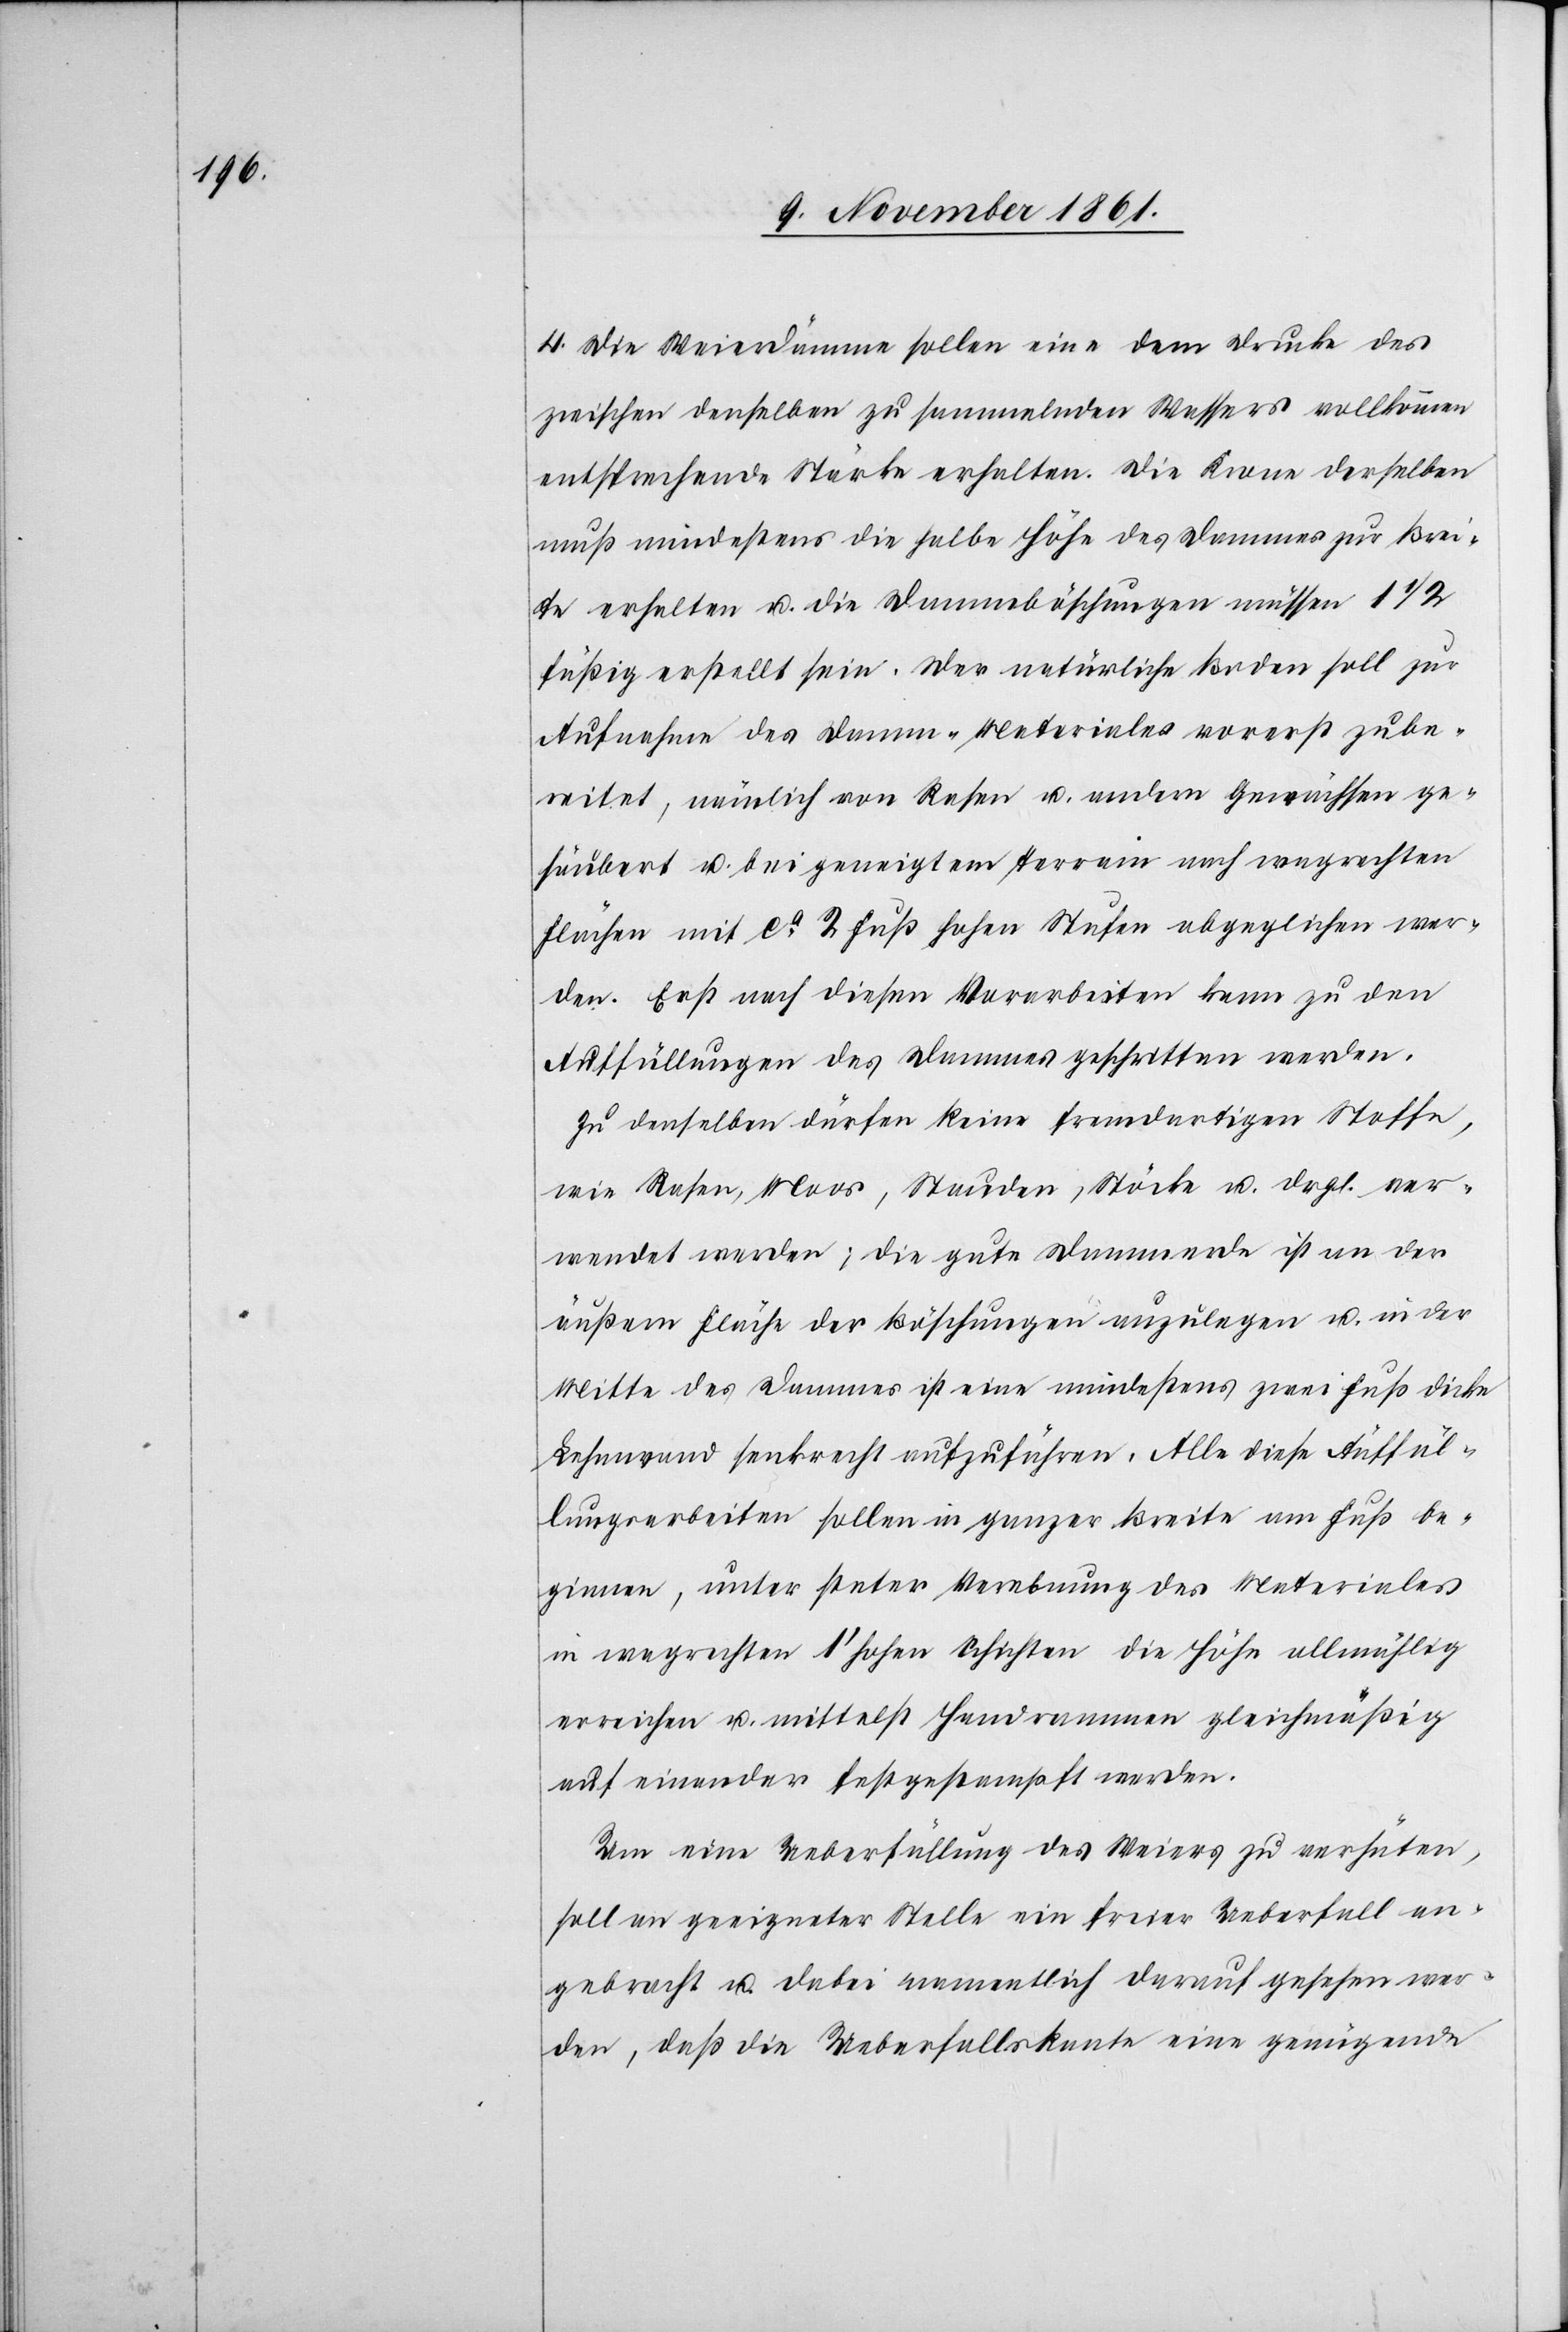
4. Die Weierdämme sollen eine dem Drucke des
zwischen denselben zu sammelnden Wassers vollkommen
entsprechende Stärke erhalten. Die Krone derselben
muß mindestens die halbe Höhe des Dammes zur Brei¬
te erhalten u. die Dammböschungen müssen 1 1/2
füßig erstellt sein. Der natürliche Boden soll zur
Aufnahme des Damm-Materials vorerst zube¬
reitet, nämlich von Rosen u. andern Gewächsen ge¬
säubert u. bei geneigtem Terrain nach wagrechten
Flächen mit ca 2 Fuß hohen Stufen abgeglichen wer¬
den. Erst nach diesen Vorarbeiten kann zu den
Auffüllungen des Dammes geschritten werden.
Zu denselben dürfen keine fremdartigen Stoffe,
wie Rosen, Moos, Stauden, Stöcke u. drgl. Ver¬
wendet werden; die gute Dammerde ist an der
äußern Fläche der Böschungen anzulegen u. in der
Mitte des Dammes ist eine mindestens zwei Fuß dicke
Lehmwand senkrecht aufzuführen. Alle diese Auffäl¬
lungsarbeiten sollen in ganzer Breite am Fuß be¬
ginnen, unter steter Verebung des Materiales
in wagrechten 1’ hohen Schichten die Höhe allmählig
erreichen u. mittelst Handrammen gleichmäßig
auf einander festgestampft werden.
Um eine Ueberfüllung des Weiers zu verhüten,
soll an geeigneter Stelle ein freier Überfall an¬
gebracht u. dabei namentlich darauf gesehen wer¬
den, daß die Ueberfallskante eine genügende